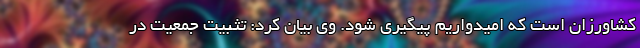
کشاورزان است که امیدواریم پیگیری شود. وی بیان کرد: تثبیت جمعیت در